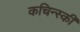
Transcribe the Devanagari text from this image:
कचिन्स्की